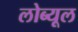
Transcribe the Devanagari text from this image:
लोब्यूल